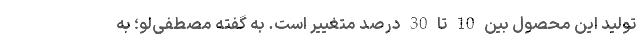
تولید این محصول بین 10 تا 30 درصد متغییر است. به گفته مصطفی‌لو؛ به